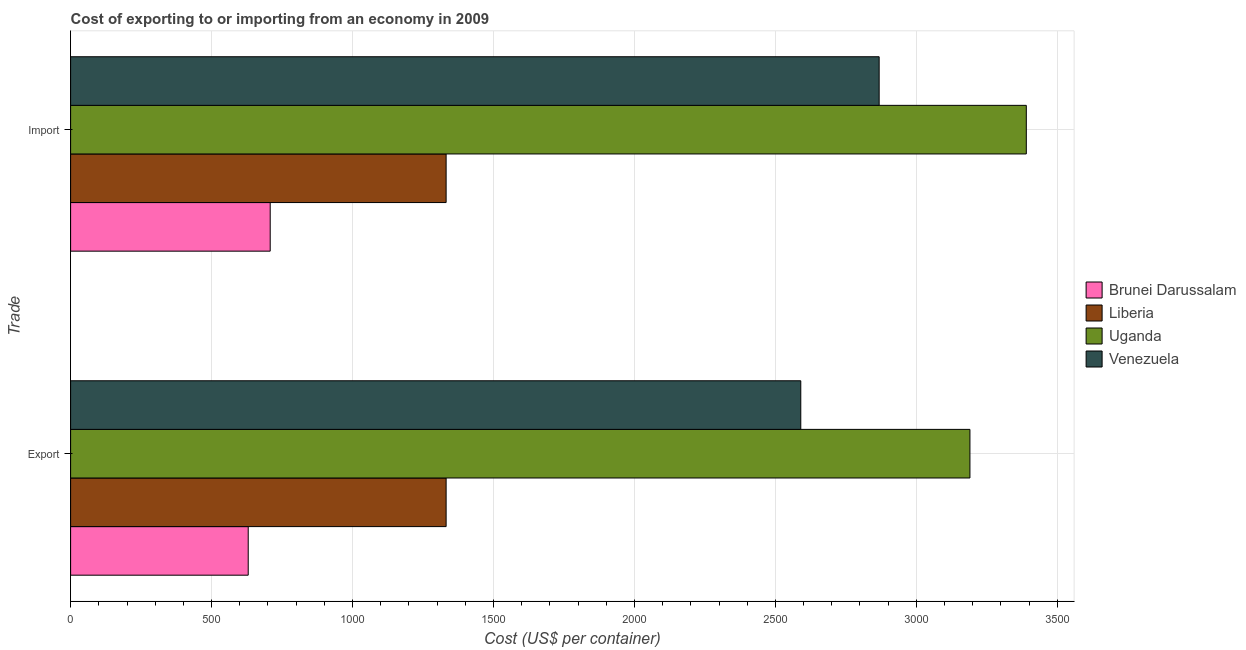
| Trade | Brunei Darussalam | Liberia | Uganda | Venezuela |
 | --- | --- | --- | --- | --- |
 | Export | 630 | 1.33e+03 | 3.19e+03 | 2.59e+03 |
 | Import | 708 | 1.33e+03 | 3.39e+03 | 2.87e+03 |